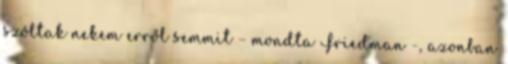
szóltak nekem erről semmit – mondta Friedman -, azonban